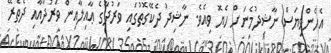
އެހެންވިޔަސް ނާޝިދުމެނަށް ހެޔޮ ވިއެވެ. ނާޝިދު ދެކޭގޮތުގައި ވަރުދާގެ ޢާއިލާއިން ވަރުދާއާއި ދެތެރޭ